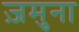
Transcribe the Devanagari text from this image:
ज़मुना